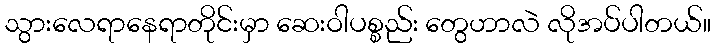
သွားလေရာနေရာတိုင်းမှာ ဆေးဝါပစ္စည်း တွေဟာလဲ လိုအပ်ပါတယ်။